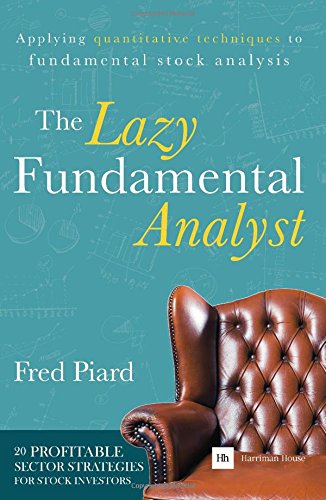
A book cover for The Lazy Fundamental Analyst: Applying Quantitative Techniques to Fundamental Stock Analysis; Fred Piard; Business & Money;